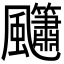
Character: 𮨳